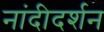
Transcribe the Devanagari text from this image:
नांदीदर्शन